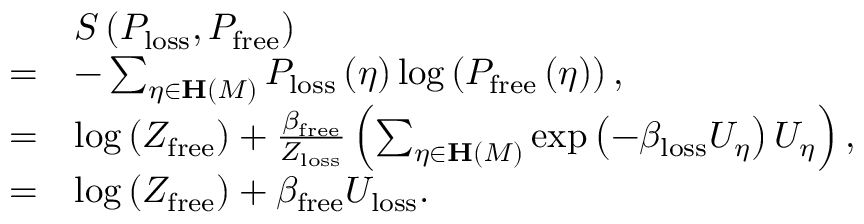
\begin{array} { r l } & { S \left( P _ { \mathrm { l o s s } } , P _ { \mathrm { f r e e } } \right) } \\ { = } & { - \sum _ { \eta \in \mathbf { H } \left( M \right) } P _ { \mathrm { l o s s } } \left( \eta \right) \log \left( P _ { \mathrm { f r e e } } \left( \eta \right) \right) , } \\ { = } & { \log \left( Z _ { \mathrm { f r e e } } \right) + \frac { \beta _ { \mathrm { f r e e } } } { Z _ { \mathrm { l o s s } } } \left( \sum _ { \eta \in \mathbf { H } \left( M \right) } \exp \left( - \beta _ { \mathrm { l o s s } } U _ { \eta } \right) U _ { \eta } \right) , } \\ { = } & { \log \left( Z _ { \mathrm { f r e e } } \right) + \beta _ { \mathrm { f r e e } } U _ { \mathrm { l o s s } } . } \end{array}